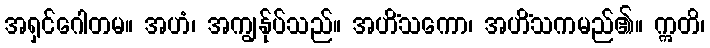
အရှင်ဂေါတမ။ အဟံ၊ အကျွန်ုပ်သည်။ အဟိံသကော၊ အဟိံသကမည်၏။ ဣတိ၊